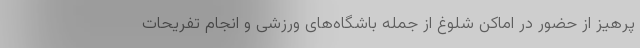
پرهیز از حضور در اماکن شلوغ از جمله باشگاه‌های ورزشی و انجام تفریحات